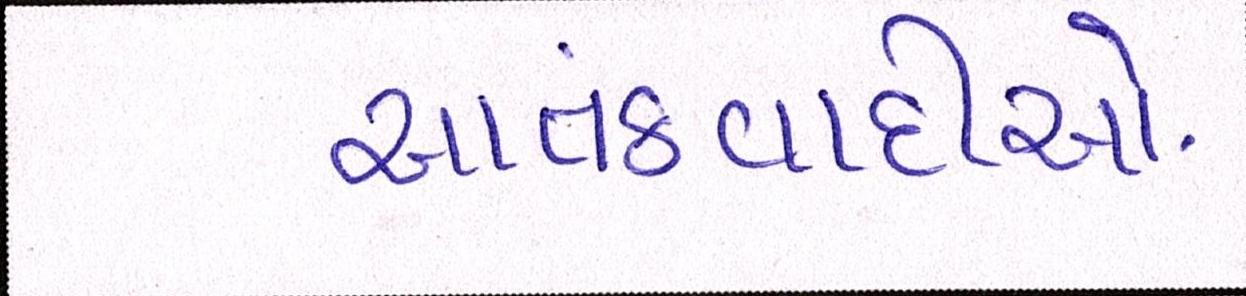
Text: આતંકવાદીઓ